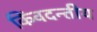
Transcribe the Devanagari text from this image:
किंवदन्तीय